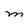
Character: M